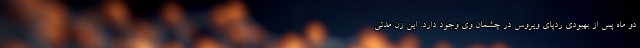
دو ماه پس از بهبودی ردپای ویروس در چشمان وی وجود دارد. این زن مدتی